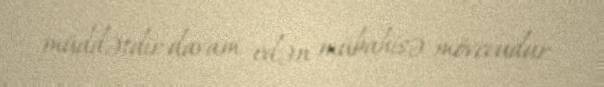
müddətdir davam edən mübahisə mövccudur.